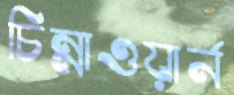
চিন্নাওয়ার্ন